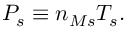
P _ { s } \equiv n _ { M s } T _ { s } .